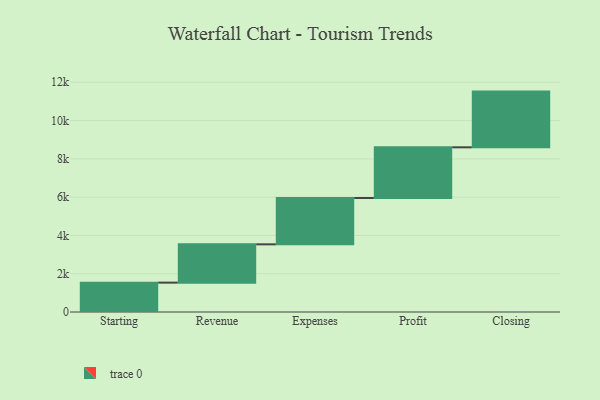
{"axis": {"x": "Step", "y": "Value"}, "legend": [""], "data": [{"x": "Starting", "y": 1534.0, "type": ""}, {"x": "Revenue", "y": 2001.0, "type": ""}, {"x": "Expenses", "y": 2421.0, "type": ""}, {"x": "Profit", "y": 2647.0, "type": ""}, {"x": "Closing", "y": 2910.0, "type": ""}]}